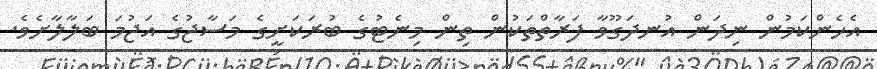
އެހެންކަމުން ނިދަން އުނދަގޫވާ ފަރާތްތަކުން ތިން މިނެޓުގެ ބުރަކަށީގެ މަސާޖުގެ އަޖުމަ ބަލާލާށެވެ.